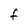
Character: F